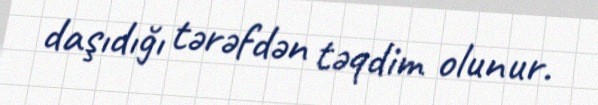
daşıdığı tərəfdən təqdim olunur.